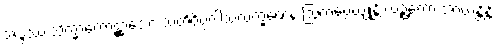
အဒ္ဒဿ သိက္ခာကောဋ္ဌာသော သတိဝိပ္ပဝါသလက္ခဏေန ဩကပ္ပေယျုန္တိ လဉ္ဇကော အာယန္တိန္တိ